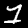
Digit: 1